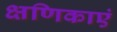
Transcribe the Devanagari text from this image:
क्षणिकाएं